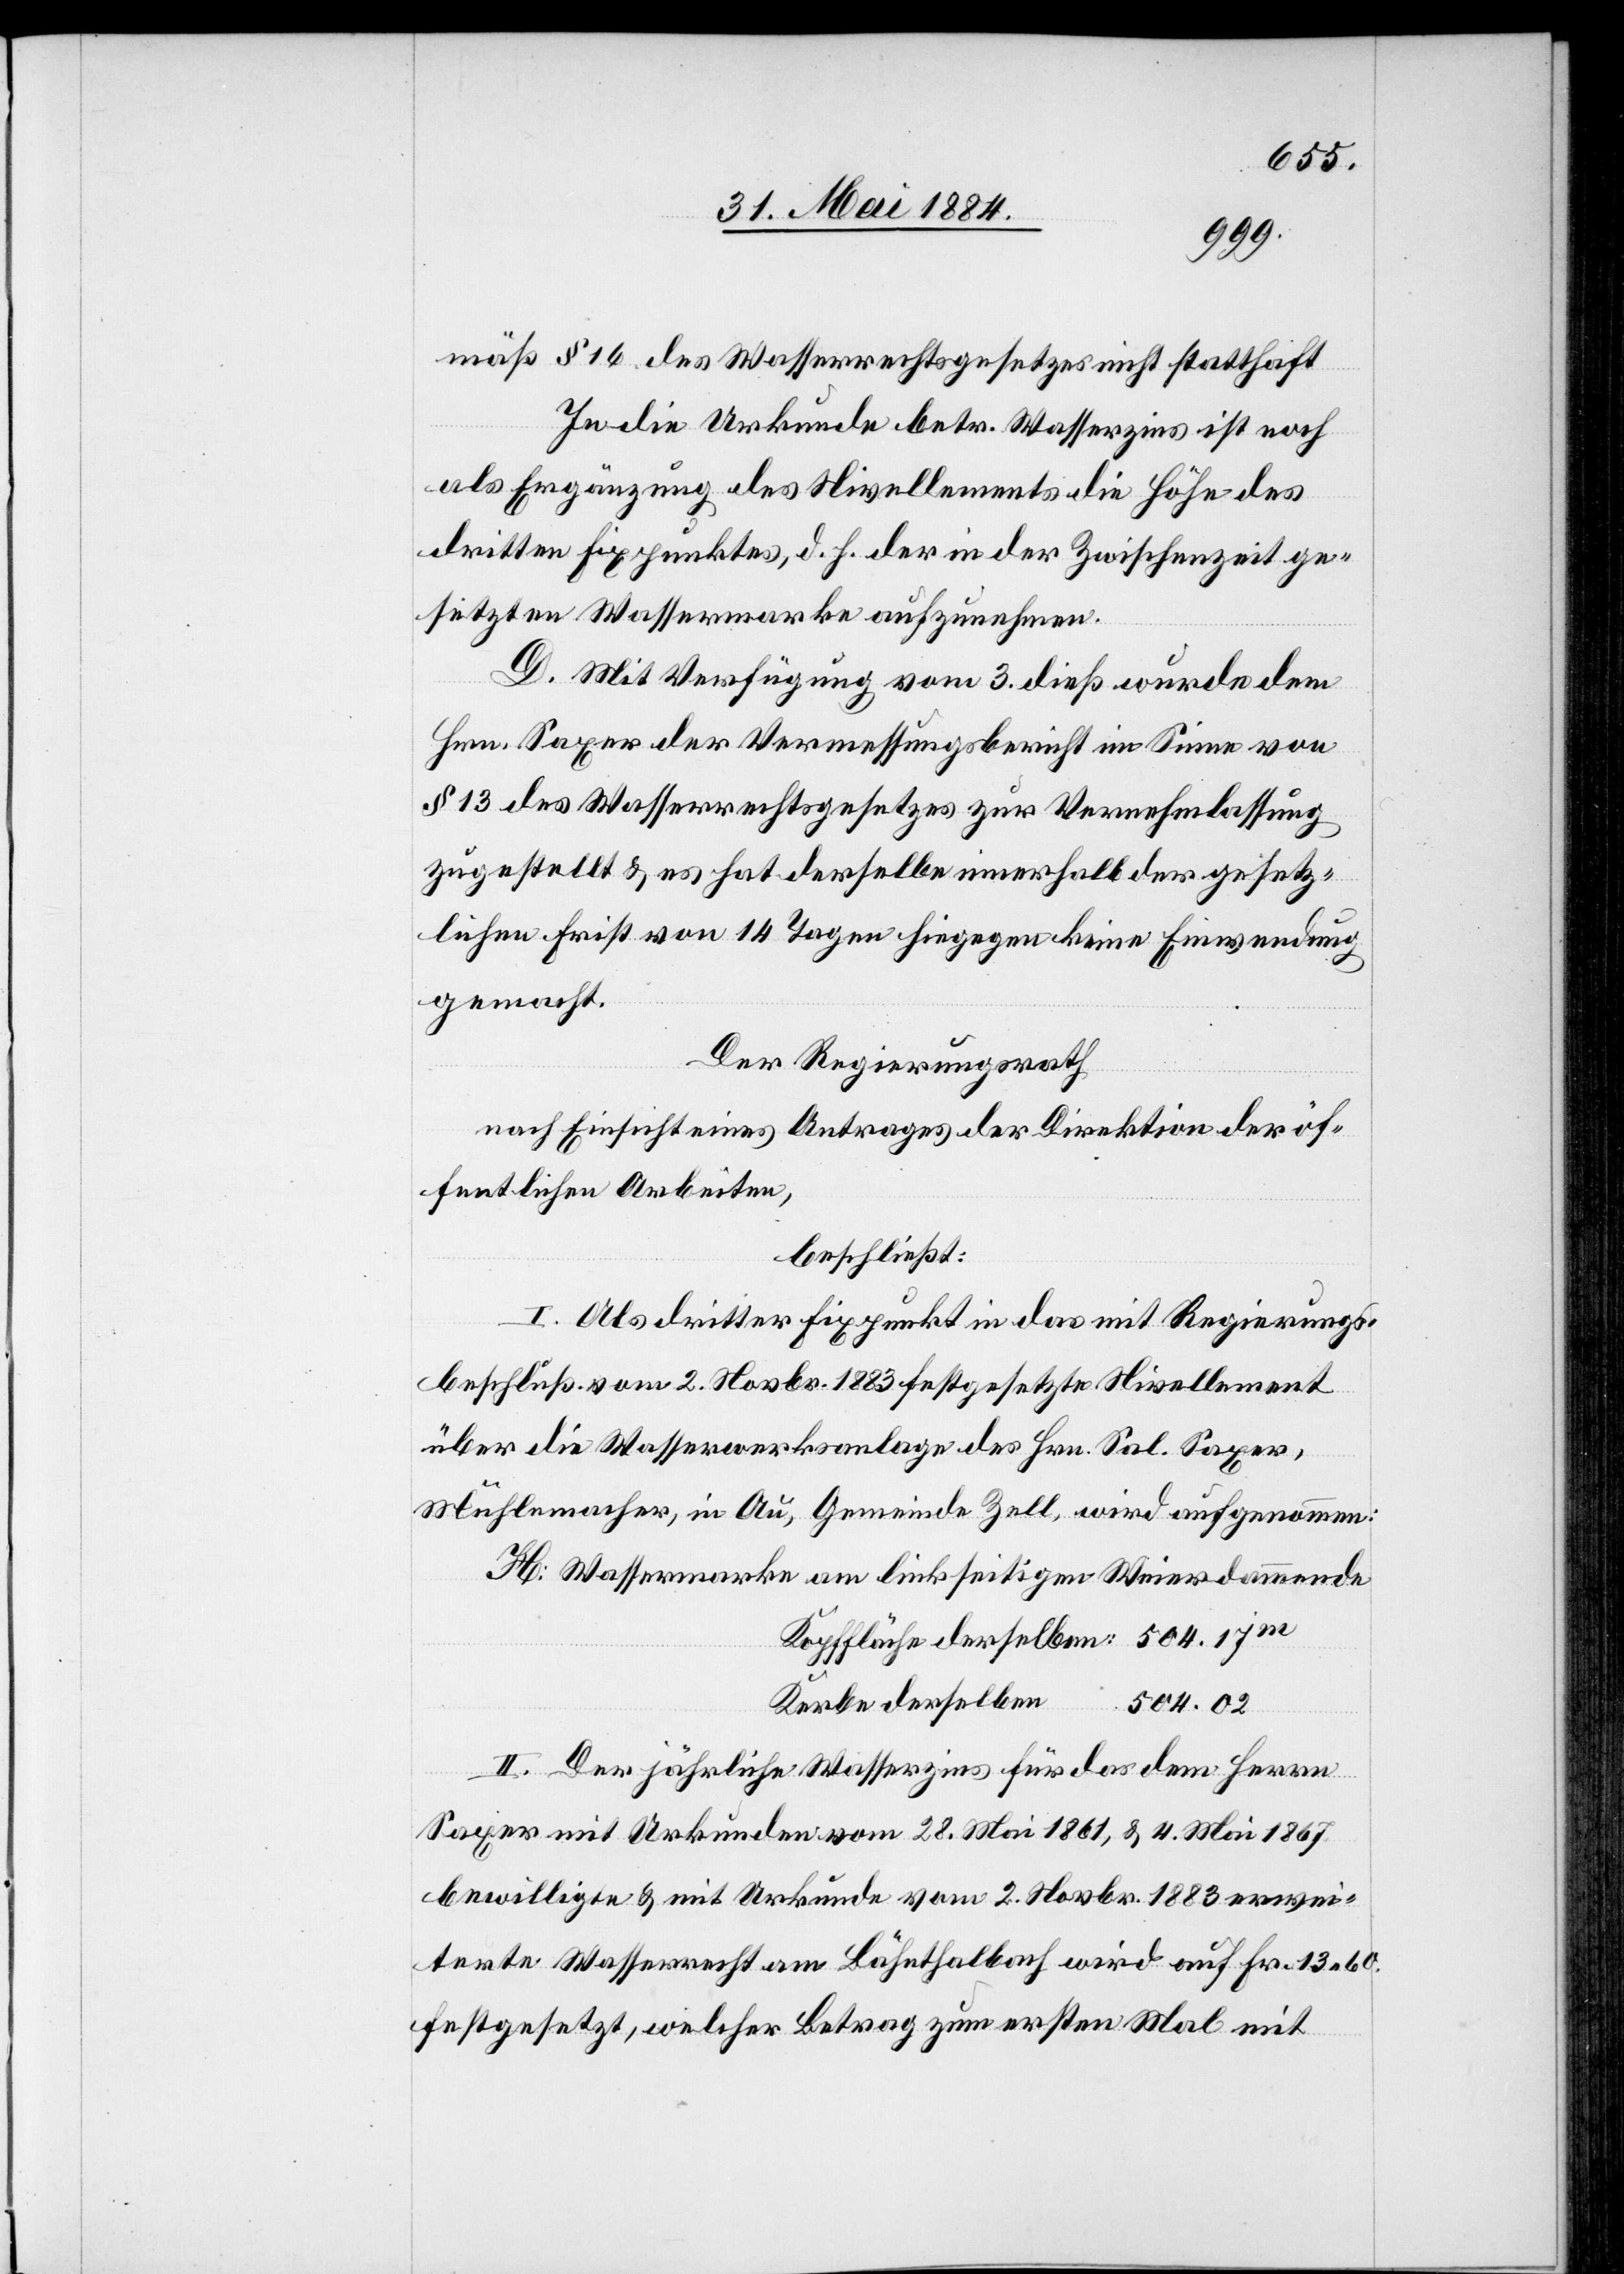
mäß § 16 des Wasserrechtsgesetzes nicht statthaft.
In die Urkunde betr. Wasserzins ist noch
als Ergänzung des Nivellements die Höhe des
dritten Fixpunktes, d. h. der in der Zwischenzeit ge¬
setzten Wassermarke aufzunehmen.
D. Mit Verfügung vom 3. dieß wurde dem
Hrn. Saxer der Vermessungsbericht im Sinne von
§ 13 des Wasserrechtsgesetzes zur Vernehmlassung
zugestellt & es hat derselbe innerhalb der gesetz¬
lichen Frist von 14 Tagen hiegegen keine Einwendung
gemacht.
derselben
Der Regierungsrath
nach Einsicht eines Antrages der Direktion der öf¬
fentlichen Arbeiten,
beschließt:
I. Als dritter Fixpunkt in das mit Regierungs¬
beschluß vom 2. Novbr. 1883 festgesetzte Nivellement
über die Wasserwerksanlage des Hrn. Sal. Saxer,
Mühlenmacher, in Au, Gemeinde Zell, wird aufgenommen:
H: Wassermarke am linkseitigen Weierdammende
Kerbe derselben
504.02
II. Der jährliche Wasserzins für das dem Herrn
Saxer mit Urkunden vom 28. Mai 1861, & 4. Mai 1867
bewilligte & mit Urkunde vom 2. Novbr. 1883 erwei¬
terte Wasserrecht am Bähnthalbach wird auf Fr. 13 60
festgesetzt, welcher Betrag zum ersten Mal mit